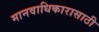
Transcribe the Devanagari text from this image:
मानवाधिकारासाठी